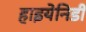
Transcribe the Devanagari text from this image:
हाइयेनिडी